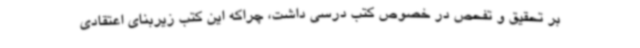
بر تحقیق و تفحص در خصوص کتب درسی داشت، چراکه این کتب زیربنای اعتقادی